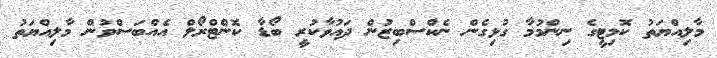
މާލިއްޔަތު ކޮމިޓީގެ ނިންމުމާ ގުޅިގެން ނެކްސްބިޒުން ދައުވާކުރީ ބޯޑާ ކޮންޓްރޯލް އެއްބަސްވުން މާލިއްޔަތު